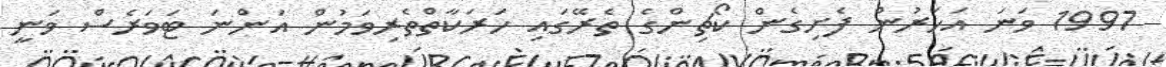
1997 ވަނަ އަހަރުން ފެށިގެން ކޯޗިންގެ ތެރޭގައި ހަރަކާތްތެރިވަމުން އަންނަ ޓަވަރެސް ވަނީ